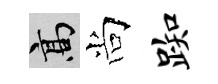
高尚踟